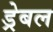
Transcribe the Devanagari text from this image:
ड्रेबल